Leprosy in India: report of the Leprosy Commission in India, 1890-91
Year: 1890
Disease focus: Leprosy
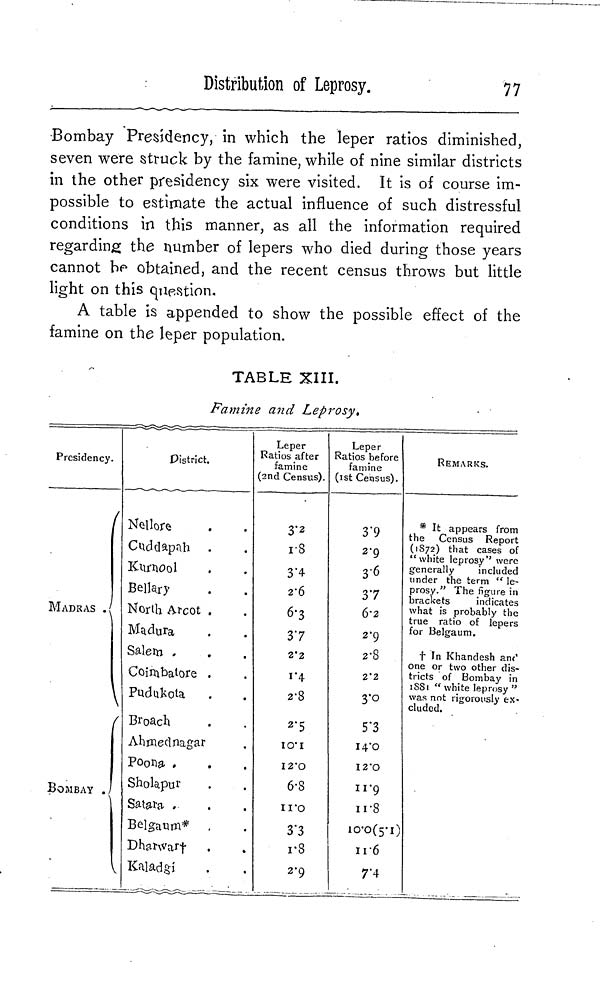
Distribution of Leprosy.
77
Bombay Presidency, in which the leper ratios diminished,
seven were struck by the famine, while of nine similar districts
in the other presidency six were visited. It is of course im-
possible to estimate the actual influence of such distressful
conditions in this manner, as all the information required
regarding the number of lepers who died during those years
cannot be obtained, and the recent census throws but little
light on this question.
A table is appended to show the possible effect of the
famine on the leper population.
TABLE XIII.
Famine and Leprosy.
Presidency.
MADRAS
BOMBAY
District.
Nellore
Cuddapah
Kurnool
Bellary
North Arcot
Madura
Salem
Coimbatore
Pudukota
Broach
Ahmednagar
Poona
Sholapur
Satara
Belgaum*
Dharwar†
Kaladgi
Leper
Ratios after
famine
2nd Census).
3.2
1.8
3.4
2.6
6.3
37
2.2
1.4
2.8
2.5
10.1
12.0
6.8
11.0
3.3
1.8
2.9
Leper
Ratios before
famine
(1st Census).
3.9
2.9
3.6
37
6.2
2.9
2.8
2.2
3.0
5.3
14.0
12.0
11.9
11.8
10.0(5.1)
11.6
7.4
REMARKS.
* It appears from
the Census Report
(1872) that cases of
"white leprosy" were
generally
included
under the term "le-
prosy." The figure in
brackets
indicates
what is probably the
true ratio of lepers
for Belgaum.
† In Khandesh and
one or two other dis-
tricts of Bombay in
1881 "white leprosy"
was not rigorously ex-
cluded.